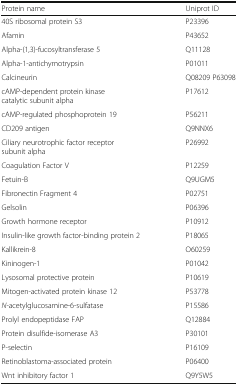
| Protein name | Uniprot ID |
 | --- | --- |
 | 40S ribosomal protein S3 | P23396 |
 | Afamin | P43652 |
 | Alpha-(1,3)-fucosyltransferase 5 | Q11128 |
 | Alpha-1-antichymotrypsin | P01011 |
 | Calcineurin | Q08209 P63098 |
 | cAMP-dependent protein kinase catalytic subunit alpha | P17612 |
 | cAMP-regulated phosphoprotein 19 | P56211 |
 | CD209 antigen | Q9NNX6 |
 | Ciliary neurotrophic factor receptor subunit alpha | P26992 |
 | Coagulation Factor V | P12259 |
 | Fetuin-B | Q9UGM5 |
 | Fibronectin Fragment 4 | P02751 |
 | Gelsolin | P06396 |
 | Growth hormone receptor | P10912 |
 | Insulin-like growth factor-binding protein 2 | P18065 |
 | Kallikrein-8 | O60259 |
 | Kininogen-1 | P01042 |
 | Lysosomal protective protein | P10619 |
 | Mitogen-activated protein kinase 12 | P53778 |
 | N-acetylglucosamine-6-sulfatase | P15586 |
 | Prolyl endopeptidase FAP | Q12884 |
 | Protein disulfide-isomerase A3 | P30101 |
 | P-selectin | P16109 |
 | Retinoblastoma-associated protein | P06400 |
 | Wnt inhibitory factor 1 | Q9Y5W5 |